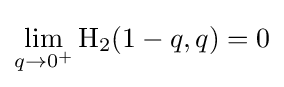
\lim _{q\to 0^{+}}\mathrm {H} _{2}(1-q,q)=0